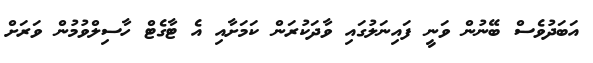
އަބަދުވެސް ބޭނުން ވަނީ ފައިނަލުގައި ވާދަކުރަން ކަމަށާއި އެ ޓާގެޓް ހާސިލްވުމުން ވަރަށް